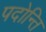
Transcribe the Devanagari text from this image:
पदोन्ति